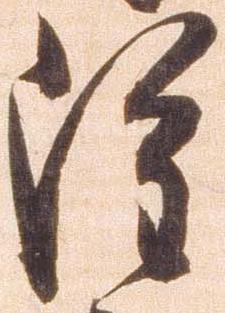
雖